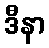
ဒီနာ